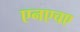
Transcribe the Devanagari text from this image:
एनएचए